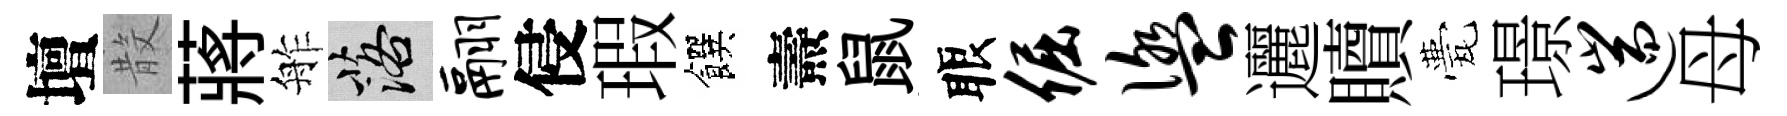
壇𣪚蔣舴落翮侵瑕饌燾鼠眼倔盥邐贖甍璟遄母